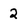
Character: 2